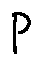
P